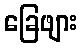
ခြေဖျား